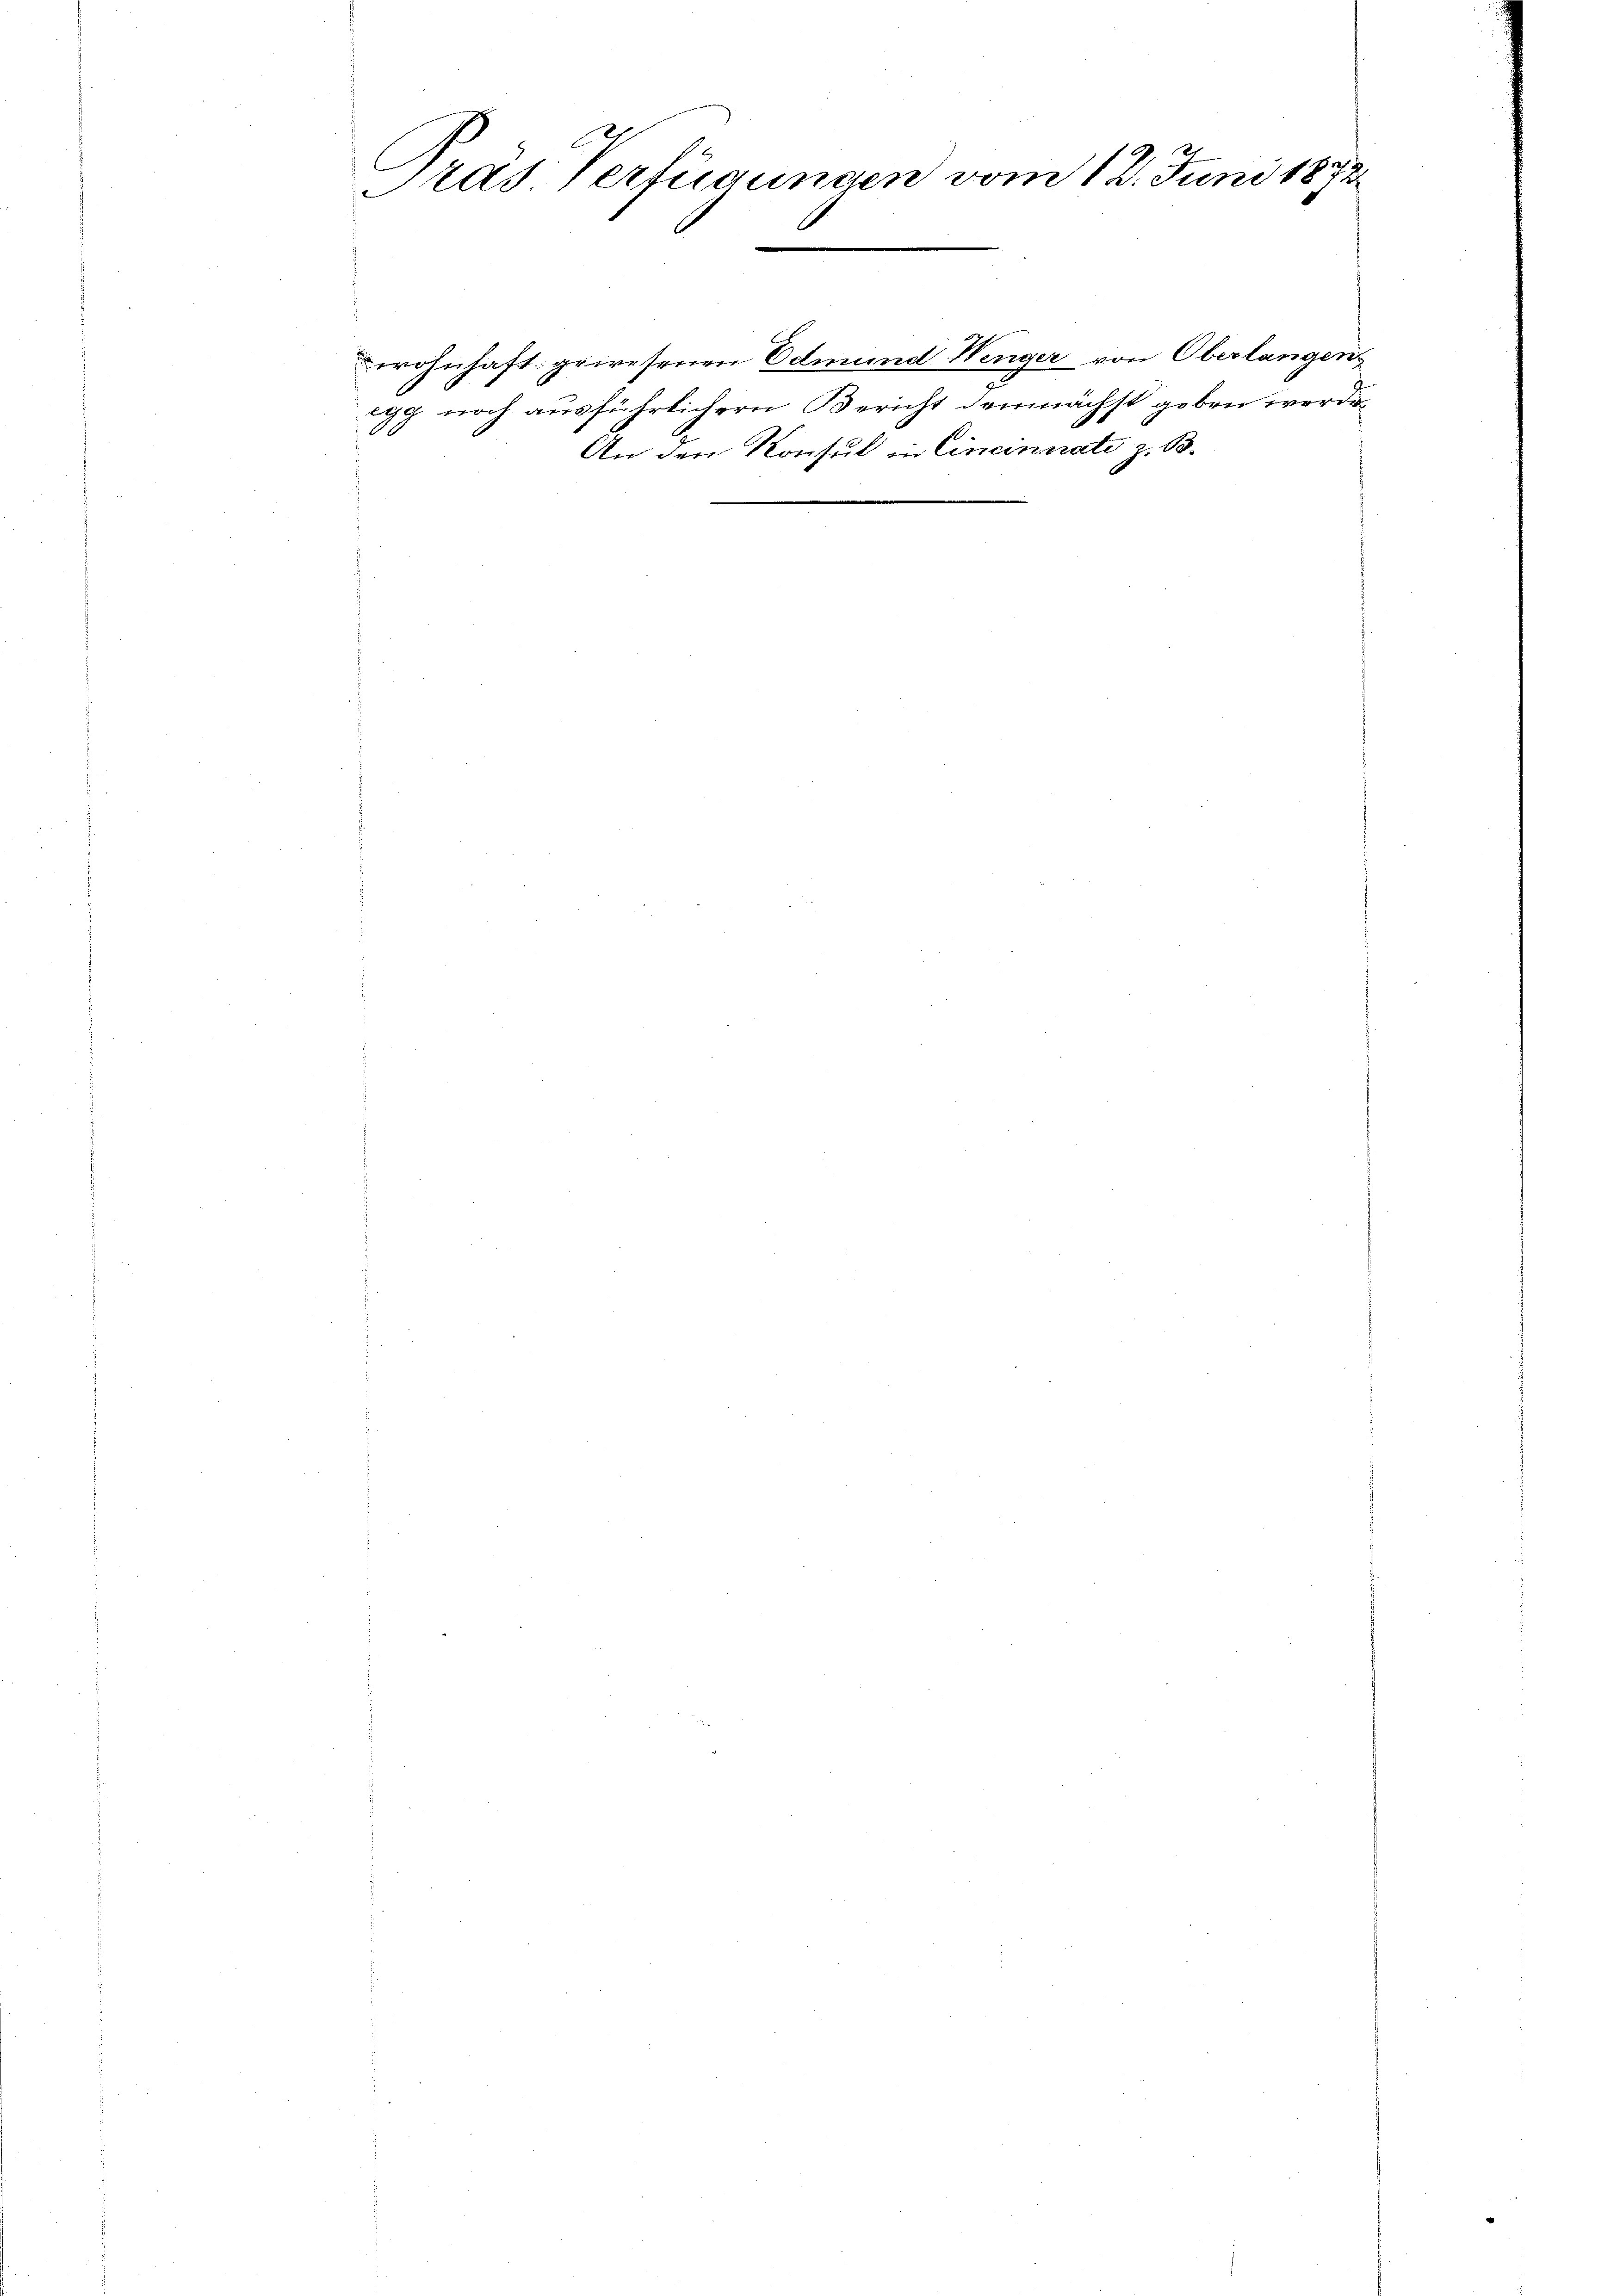
e
2
Aad Verfügungen vom 12. Juni 1858.
E
e
2

wohnhaft gewesenen Edmund Wenger von Oberlangen
egg noch ausführlichern Bericht demnächst geben werde.
An den Konsul in Cincinnati z. B.

A.